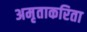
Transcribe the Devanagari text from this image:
अमृताकरिता